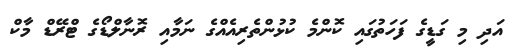
އަދި މި ގަޑީގެ ފަހަތުގައި ކޮންމެ ކުޅުންތެރިއެއްގެ ނަމާއި ރޮނާލްޑޯގެ ޓްރޭޑް މާކް